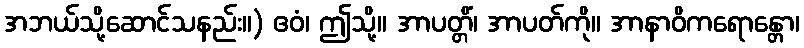
အဘယ်သို့ဆောင်သနည်း။) ဧဝံ၊ ဤသို့။ အာပတ္တိံ၊ အာပတ်ကို။ အာနာဝိကရောန္တော၊